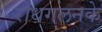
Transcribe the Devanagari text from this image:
रोधगलनके